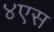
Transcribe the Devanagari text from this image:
४एस